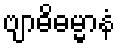
ဗျာဓိဓမ္မာနံ